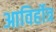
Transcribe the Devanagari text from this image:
आविर्होत्र